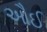
ઔઈ